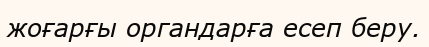
жоғарғы органдарға есеп беру.